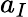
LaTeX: a_{I}